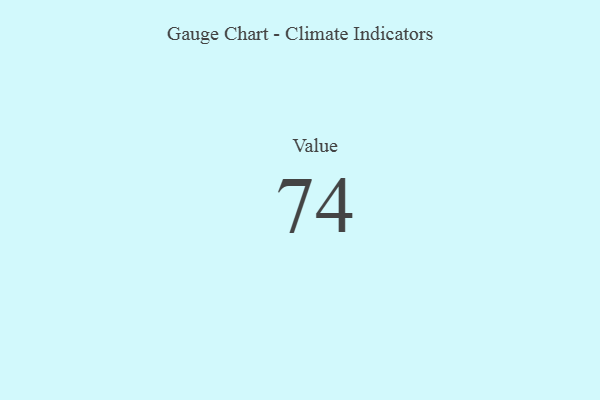
{"axis": {"x": "Metric", "y": "Value"}, "legend": [""], "data": [{"x": "Value", "y": 74, "type": ""}]}